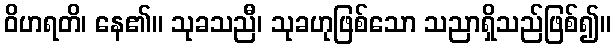
ဝိဟရတိ၊ နေ၏။ သုခသညီ၊ သုခဟုဖြစ်သော သညာရှိသည်ဖြစ်၍။